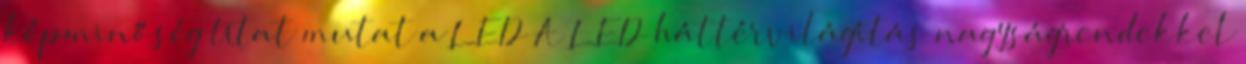
képminőség Utat mutat a LED A LED háttérvilágítás nagyságrendekkel